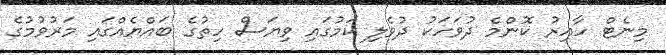
މިނެޓް ހާއިރު ކޮންމެ ދުވަހަކު ދުވެލި ކަމުގައި ވިޔަސް ހިތުގެ ބައްޔެއްގައި މަރުވުމުގެ